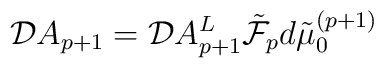
{\cal D}A_{p+1} = {\cal D} A^{L}_{p+1} \tilde{{\cal F}}_{p} d \tilde{\mu}_{0}^{(p+1)}